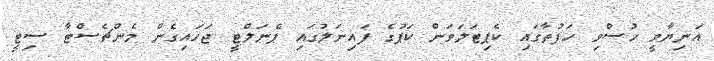
އަނިޔާވީ ހުސްވި ހަފުތާގައި ކެޕިޓަލަވަން ކަޕުގެ ފައިނަލުގައި ޕެނަލްޓީ ޖަހައިގެން މެންޗެސްޓާ ސިޓީ